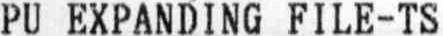
PU EXPANDING FILE-TS